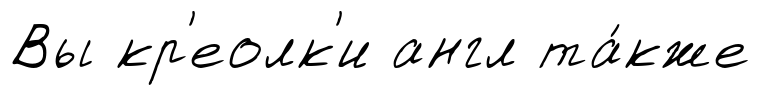
Вы кр'еолк'и англ та́кже